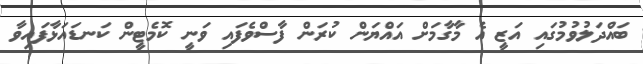
ބައްދަލުވުމުގައި އަޒީ އެ މާގާމަށް އައްޔަން ކުރަން ފާސްވެފައި ވަނީ ކޮމެޓީން ކަނޑައަޅާފައިވާ